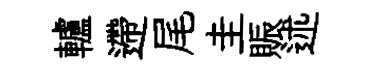
轤遰尾圭賑述